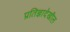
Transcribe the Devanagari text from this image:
प्रतिज्ञादेखील